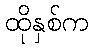
ထိုနှစ်က